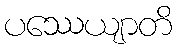
ပဿေယျာတိ